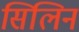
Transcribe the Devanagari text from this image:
सिलिन